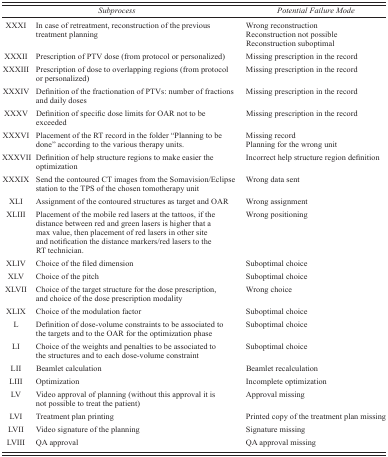
<table><thead><tr><td></td><td><b><i>Subprocess</i></b></td><td><b><i>Potential Failure Mode</i></b></td></tr></thead><tbody><tr><td>XXXI</td><td>In case of retreatment, reconstruction of the previous treatment planning</td><td>Wrong reconstruction Reconstruction not possible Reconstruction suboptimal</td></tr><tr><td>XXXII</td><td>Prescription of PTV dose (from protocol or personalized)</td><td>Missing prescription in the record</td></tr><tr><td>XXXIII</td><td>Prescription of dose to overlapping regions (from protocol or personalized)</td><td>Missing prescription in the record</td></tr><tr><td>XXXIV</td><td>Definition of the fractionation of PTVs: number of fractions and daily doses</td><td>Missing prescription in the record</td></tr><tr><td>XXXV</td><td>Definition of specific dose limits for OAR not to be exceeded</td><td>Missing prescription in the record</td></tr><tr><td>XXXVI</td><td>Placement of the RT record in the folder “Planning to be done” according to the various therapy units.</td><td>Missing record Planning for the wrong unit</td></tr><tr><td>XXXVII</td><td>Definition of help structure regions to make easier the optimization</td><td>Incorrect help structure region definition</td></tr><tr><td>XXXIX</td><td>Send the contoured CT images from the Somavision/Eclipse station to the TPS of the chosen tomotherapy unit</td><td>Wrong data sent</td></tr><tr><td>XLI</td><td>Assignment of the contoured structures as target and OAR</td><td>Wrong assignment</td></tr><tr><td>XLIII</td><td>Placement of the mobile red lasers at the tattoos, if the distance between red and green lasers is higher that a max value, then placement of red lasers in other site and notification the distance markers/red lasers to the RT technician.</td><td>Wrong positioning</td></tr><tr><td>XLIV</td><td>Choice of the filed dimension</td><td>Suboptimal choice</td></tr><tr><td>XLV</td><td>Choice of the pitch</td><td>Suboptimal choice</td></tr><tr><td>XLVII</td><td>Choice of the target structure for the dose prescription, and choice of the dose prescription modality</td><td>Wrong choice</td></tr><tr><td>XLIX</td><td>Choice of the modulation factor</td><td>Suboptimal choice</td></tr><tr><td>L</td><td>Definition of dose‐volume constraints to be associated to the targets and to the OAR for the optimization phase</td><td>Suboptimal choice</td></tr><tr><td>LI</td><td>Choice of the weights and penalties to be associated to the structures and to each dose‐volume constraint</td><td>Suboptimal choice</td></tr><tr><td>LII</td><td>Beamlet calculation</td><td>Beamlet recalculation</td></tr><tr><td>LIII</td><td>Optimization</td><td>Incomplete optimization</td></tr><tr><td>LV</td><td>Video approval of planning (without this approval it is not possible to treat the patient)</td><td>Approval missing</td></tr><tr><td>LVI</td><td>Treatment plan printing</td><td>Printed copy of the treatment plan missing</td></tr><tr><td>LVII</td><td>Video signature of the planning</td><td>Signature missing</td></tr><tr><td>LVIII</td><td>QA approval</td><td>QA approval missing</td></tr></tbody></table>